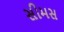
સીમસ